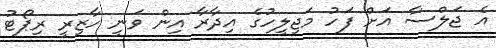
އެ ޖަލްސާ އަށް ފަހު މަޖިލީހުގެ އިދާރާ އިން ވަނީ ހާޒިރީ ރިޕޯޓު